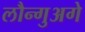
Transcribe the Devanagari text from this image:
लौन्गुअगे